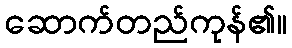
ဆောက်တည်ကုန်၏။